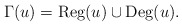
\begin{align*}\Gamma(u) = \operatorname{Reg}(u) \cup \operatorname{Deg}(u).\end{align*}